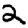
Digit: 2